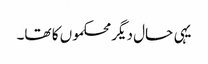
یہی حال دیگر محکموں کا تھا۔